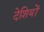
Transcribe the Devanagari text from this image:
देशियों